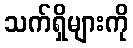
သက်ရှိများကို